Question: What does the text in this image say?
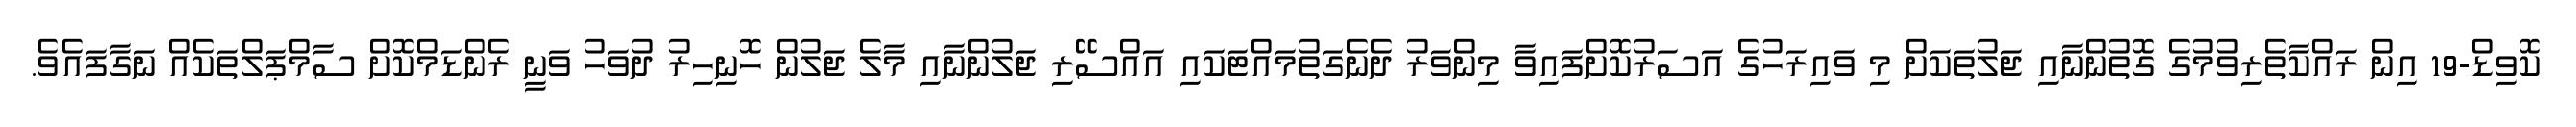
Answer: ކޮވިޑް-19 އިން ރައްކާތެރިވުމުގެ ގޮތުންނާއި ޖަލުތަކަށް މި ވައިރަހުގެ އަސަރުކޮށްފައިވާ މިންވަރު ދެނެގަތުމައްޓަކައި އައްސޭރި ޖަލުންނާއި މާލެ ޖަލުން ހޮނިހިރު ދުވަހު ވަނީ ރެންޑަމްކޮށް ސާމްޕަލްތަކެއް ނަގާފައެވެ.